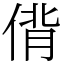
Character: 偝